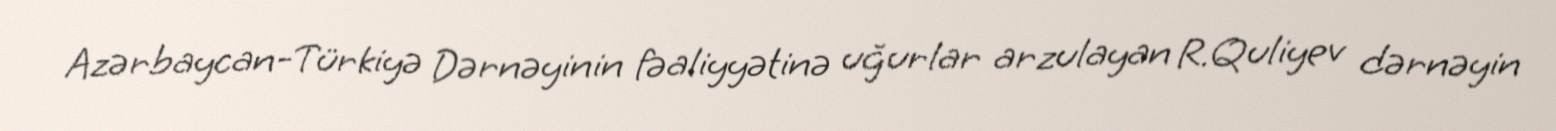
Azərbaycan-Türkiyə Dərnəyinin fəaliyyətinə uğurlar arzulayan R.Quliyev dərnəyin